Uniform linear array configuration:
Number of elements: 12
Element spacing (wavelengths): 0.5
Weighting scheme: exponential
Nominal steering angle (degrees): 15
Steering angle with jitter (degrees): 16.533
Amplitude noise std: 0.05
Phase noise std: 0.05

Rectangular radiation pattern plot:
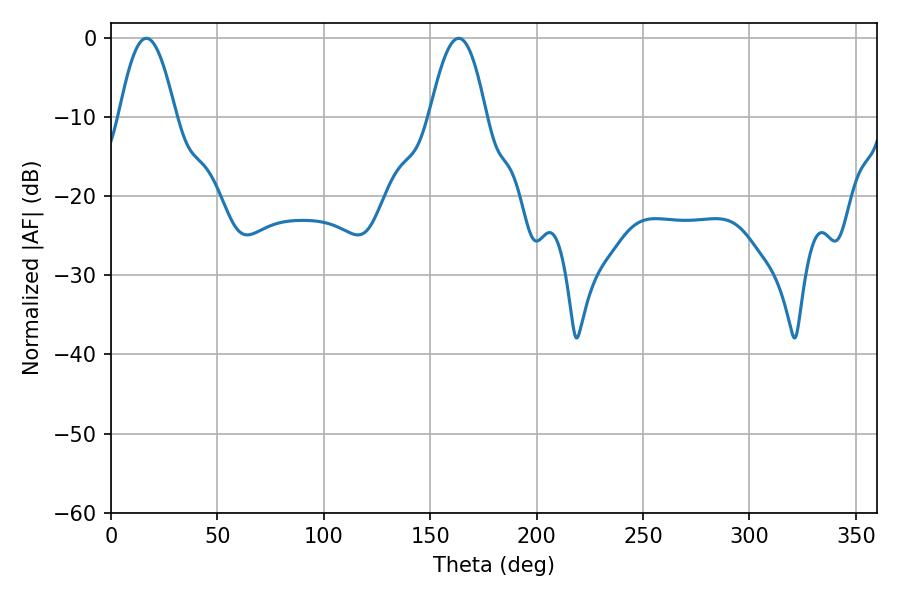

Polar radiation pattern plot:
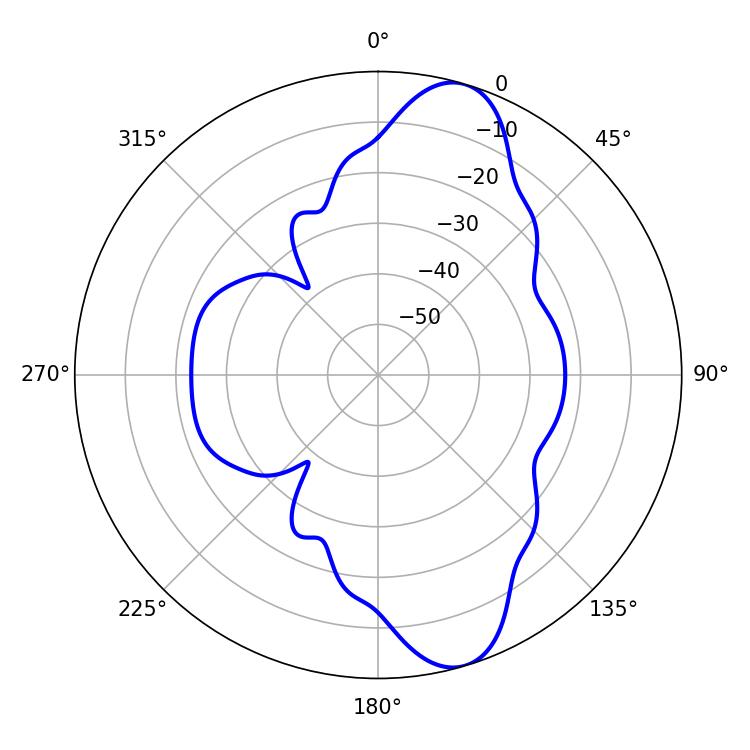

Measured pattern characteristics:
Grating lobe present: FALSE
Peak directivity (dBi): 10.747
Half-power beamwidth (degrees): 14.4
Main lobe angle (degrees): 16.56